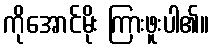
ကိုအောင်မိုး ကြားဖူးပါ၏။